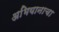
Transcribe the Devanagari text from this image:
अभियानाचा